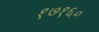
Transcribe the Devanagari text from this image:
१७१६०